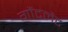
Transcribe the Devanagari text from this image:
गौंटलैट